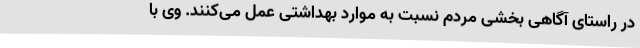
در راستای آگاهی بخشی مردم نسبت به موارد بهداشتی عمل می‌کنند. وی با